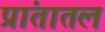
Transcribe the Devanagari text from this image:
प्रांतातलं